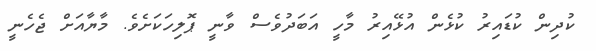
ކުދިން ކުޑައިރު ކުޅެން އުޅޭއިރު މާހީ އަބަދުވެސް ވާނީ ޕޮލިހަކަށެވެ. މާޔާއަށް ޖެހެނީ